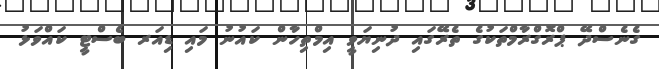
ގެނެސްދޭ ޕްރޮގްރާމްތަކުގެ ތެރޭގައި ދުނިޔަވީ އިމްތިހާން ކައުނު މައި ޑިއަރ ބެސްޓީ ކައްވަޅު